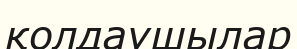
қолдаушылар